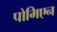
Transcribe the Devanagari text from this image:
पोमिएन